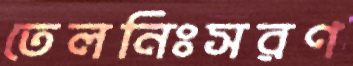
তেলনিঃসরণ